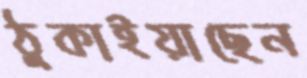
ঠুকাইয়াছেন